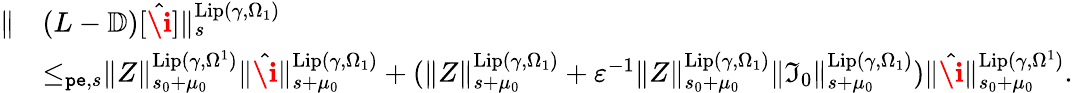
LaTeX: \begin{array}{rl}{\rVert}&{(L-\mathbb{D})[\hat{\textbf{\i}}]\rVert_{s}^{\mathrm{Lip}(\gamma,\Omega_{1})}}\\ &{\le_{\mathtt{pe},s}\rVert Z\rVert_{s_{0}+\mu_{0}}^{\mathrm{Lip}(\gamma,\Omega^{1})}\rVert\hat{\textbf{\i}}\rVert_{s+\mu_{0}}^{\mathrm{Lip}(\gamma,\Omega_{1})}+(\rVert Z\rVert_{s+\mu_{0}}^{\mathrm{Lip}(\gamma,\Omega_{1})}+\varepsilon^{-1}\rVert Z\rVert_{s_{0}+\mu_{0}}^{\mathrm{Lip}(\gamma,\Omega_{1})}\rVert\mathfrak{I}_{0}\rVert_{s+\mu_{0}}^{\mathrm{Lip}(\gamma,\Omega_{1})})\rVert\hat{\textbf{\i}}\rVert_{s_{0}+\mu_{0}}^{\mathrm{Lip}(\gamma,\Omega^{1})}.}\end{array}